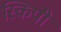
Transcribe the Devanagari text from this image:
स्किपी